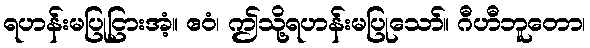
ရဟန်းမပြုငြားအံ့။ ဧဝံ၊ ဤသို့ရဟန်းမပြုသော်။ ဂီဟီဘူတော၊